Protection of India from yellow fever
Disease focus: Fever
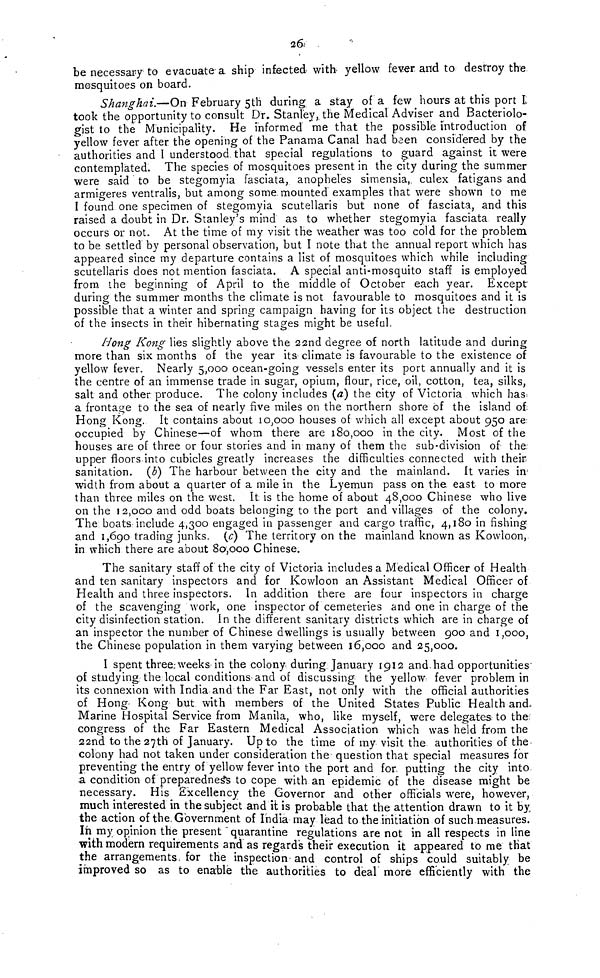
26
be necessary to evacuate a ship infected with yellow fever, and to destroy the
mosquitoes on board.
Shanghai.—On February 5th during, a stay of a few hours at this port L
took the opportunity to consult Dr. Stanley, the Medical Adviser and Bacteriolo-
gist to the Municipality. He informed me that the possible introduction of
yellow fever after the opening of the Panama Canal had been considered by the
authorities and I understood, that special regulations to guard against it were
contemplated. The species of mosquitoes present in the city during the summer
were said to be stegomyia fasciata, anopheles simensia,, culex fatigans and
armigeres ventralis, but among some, mounted examples that were shown to me
I found one specimen of stegomyia scutellaris but none of fasciata, and this
raised a doubt in Dr. Stanley's mind as to whether stegomyia fasciata really
occurs or not. At the time of my visit the weather was too cold for the problem
to be settled by personal observation, but I note that the annual report which has
appeared since my departure contains a list of mosquitoes which while including
scutellaris does not mention fasciata. A special anti-mosquito staff is employed
from the beginning of April to the middle of October each year. Except
during the summer months the climate is not favourable to mosquitoes and it is
possible that a winter and spring campaign having for its object the destruction
of the insects in their hibernating stages might be useful.
Hong Kong lies slightly above the 22nd degree of north latitude and during
more than six months of the year its climate is favourable to the existence of
yellow fever. Nearly 5,000 ocean-going vessels enter its port annually and it is
the centre of an immense trade in sugar, opium, flour, rice, oil, cotton, tea, silks,
salt and other produce. The colony includes (a) the city of Victoria which has;
a frontage to the sea of nearly five miles on the northern shore of the island of,
Hong Kong. It contains about 10,000 houses of which all except about 950 are
occupied by Chinese—of whom there are 180,000 in the city. Most of the
houses are of three or four stories and in many of them the sub-division of the:
upper floors into cubicles greatly increases the difficulties connected with their
sanitation, (b) The harbour between the city and the mainland, it varies in
width from about a quarter of a mile in the Lyemun pass on the east to more
than three miles on the west. It is the home of about 48,000 Chinese who live
on the 12,000 and odd boats belonging to the port and villages of the colony.
The boats include 4,300 engaged in passenger and cargo traffic, 4,180 in fishing
and 1,690 trading junks, (c) The territory on the mainland known as Kowloon,
in which there are about 80,000 Chinese.
The sanitary staff of the city of Victoria includes a Medical Officer of Health
and ten sanitary inspectors and for Kowloon an Assistant Medical Officer of
Health and three inspectors. In addition there are four inspectors in charge
of the scavenging work, one inspector of cemeteries and one in charge of the
city disinfection station, in the different sanitary districts which are in charge of
an inspector the number of Chinese dwellings is usually between 900 and 1,000,
the Chinese population in them varying between 16,000 and 25,000.
I spent three; weeks in the colony during January 1912 and. had opportunities"
of studying the local conditions and of discussing the yellow fever problem in
its connexion with India and the Far East, not only with the official authorities
of Hong Kong but with members of the United States Public Health and.
Marine Hospital Service from Manila, who, like myself, were delegates: to the.
congress of the Far Eastern Medical Association which was held from the
22nd to the 27th of January. Up to the time of my visit the authorities of the
colony had not taken under consideration the question that special measures for
preventing the entry of yellow fever into the port and for, putting the city into
a condition of preparedness to cope with an epidemic of the disease might be
necessary. His Excellency the Governor and other officials were, however,
much interested in the subject and it is probable that the attention drawn to it by
the action of the. Government of India may lead to the initiation of such measures.
In my opinion the present quarantine regulations are not in all respects in line
with modern requirements and as regards their execution it appeared to me that
the arrangements, for the inspection and control of ships could suitably be
improved so as to enable the authorities to deal more efficiently with the